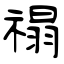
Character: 禢